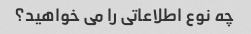
چه نوع اطلاعاتی را می خواهید؟